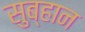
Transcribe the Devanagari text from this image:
सुब्हान